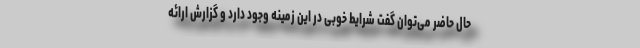
حال حاضر می‌توان گفت شرایط خوبی در این زمینه وجود دارد و گزارش ارائه